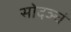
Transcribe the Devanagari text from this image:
सोदञ्चं